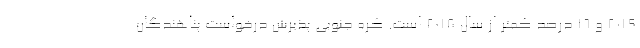
2019 و 16 درصد کمتر از سال 2018 است. کره جنوبی پذیرش درخواست پناهندگان